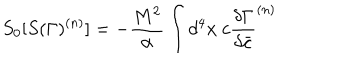
LaTeX: S _ { 0 } [ S ( \Gamma ) ^ { ( n ) } ] = - { \frac { M ^ { 2 } } { \alpha } } \int d ^ { 4 } x ~ c { \frac { \delta { \Gamma } } { \delta \bar { c } } } ^ { ( n ) }